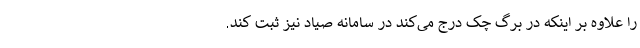
را علاوه بر اینکه در برگ چک درج می‌کند در سامانه صیاد نیز ثبت کند.